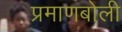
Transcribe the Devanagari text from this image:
प्रमाणबोली